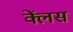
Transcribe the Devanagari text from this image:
क्लेंस